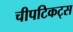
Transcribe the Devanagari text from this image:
चीपटिकट्स